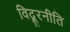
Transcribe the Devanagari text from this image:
विदूरनीति